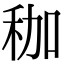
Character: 𥝿